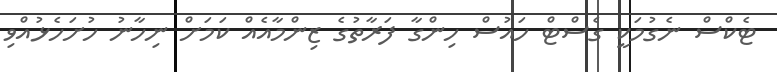
ޓެކްސް ނެގުމަކީ ގެސްޓް ހައުސް ހިންގާ ފަރާތުގެ ޒިންމާއެއް ކަމަށް ނިހާނު ހުށަހެޅުއްވި